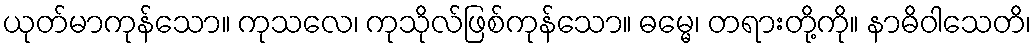
ယုတ်မာကုန်သော။ ကုသလေ၊ ကုသိုလ်ဖြစ်ကုန်သော။ ဓမ္မေ၊ တရားတို့ကို။ နာဓိဝါသေတိ၊